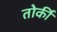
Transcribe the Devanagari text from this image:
तोर्की